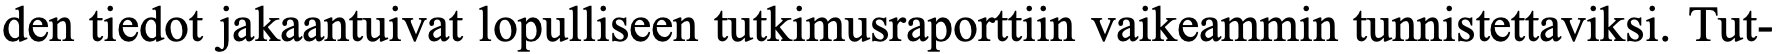
den tiedot jakaantuivat lopulliseen tutkimusraporttiin vaikeammin tunnistettaviksi. Tut-